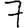
Digit: 7